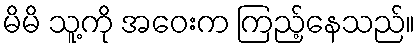
မိမိ သူ့ကို အဝေးက ကြည့်နေသည်။